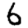
Digit: 6